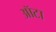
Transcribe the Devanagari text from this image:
ऑटा